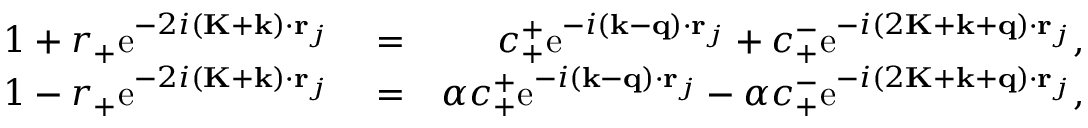
\begin{array} { r l r } { 1 + r _ { + } \mathrm { e } ^ { - 2 i ( \mathbf { K } + \mathbf { k } ) \cdot \mathbf { r } _ { j } } } & { { } = } & { c _ { + } ^ { + } \mathrm { e } ^ { - i ( \mathbf { k } - \mathbf { q } ) \cdot \mathbf { r } _ { j } } + c _ { + } ^ { - } \mathrm { e } ^ { - i ( 2 \mathbf { K } + \mathbf { k } + \mathbf { q } ) \cdot \mathbf { r } _ { j } } , } \\ { 1 - r _ { + } \mathrm { e } ^ { - 2 i ( \mathbf { K } + \mathbf { k } ) \cdot \mathbf { r } _ { j } } } & { { } = } & { \alpha c _ { + } ^ { + } \mathrm { e } ^ { - i ( \mathbf { k } - \mathbf { q } ) \cdot \mathbf { r } _ { j } } - \alpha c _ { + } ^ { - } \mathrm { e } ^ { - i ( 2 \mathbf { K } + \mathbf { k } + \mathbf { q } ) \cdot \mathbf { r } _ { j } } , } \end{array}